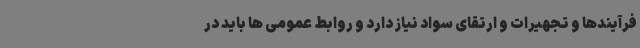
فرآیندها و تجهیرات و ارتقای سواد نیاز دارد و روابط عمومی ها باید در